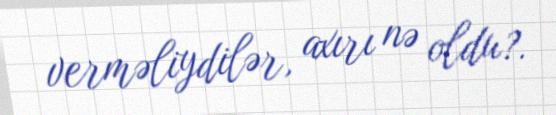
verməliydilər, axırı nə oldu?.